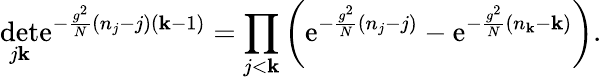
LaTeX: \operatorname*{d\mathrm{e}t}_{j\mathbf{k}}\mathrm{{\mathrm{e}}}^{-\frac{{g^{2}}}{{N}}(n_{j}-j)(\mathbf{k}-1)}=\prod_{j<\mathbf{k}}\left(\mathrm{{\mathrm{e}}}^{-\frac{{g^{2}}}{{N}}(n_{j}-j)}-\mathrm{{\mathrm{e}}}^{-\frac{{g^{2}}}{{N}}(n_{\mathbf{k}}-\mathbf{k})}\right).